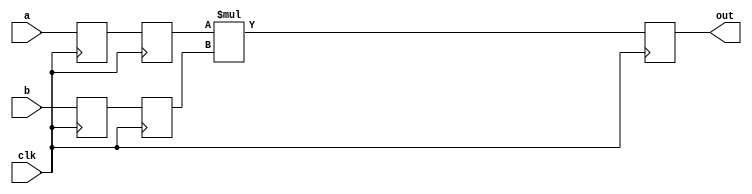

//-------------------------------------------------------------------------------------------------
//-------------------------------------------------------------------------------------------------
// modification history
// author          date        description
// lgonzale        2012-04-06  creation
//-------------------------------------------------------------------------------------------------

//-------------------------------------------------------------------------------------------------
//
// MODULE: signed_multiplier
//
//-------------------------------------------------------------------------------------------------
module signed_multiplier (out, clk, a, b);

  output       [31:0] out;
  input               clk;
  input signed [15:0] a;
  input signed [15:0] b;

  reg   signed [15:0] a_tmp;
  reg   signed [15:0] b_tmp;
  reg   signed [15:0] a_reg;
  reg   signed [15:0] b_reg;

  reg   signed [31:0] out;
  wire  signed [31:0] mult_out;

  assign mult_out = a_reg * b_reg;

  always @ (posedge clk)
  begin
    a_tmp <= a;
    b_tmp <= b;
    a_reg <= a_tmp;
    b_reg <= b_tmp;
    out   <= mult_out;
  end
endmodule